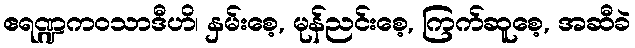
ဧရဏ္ဍကဝသာဒီဟိ၊ နှမ်းစေ့, မုန်ညင်းစေ့, ကြက်ဆူစေ့, အဆီခဲ